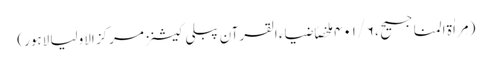
(مِراٰة المناجیح ، ۶ / ۴۰۱ ملخصاً ضیاء القرآن پبلی کیشنز مرکز الاولیا لاہور)